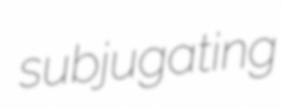
subjugating